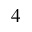
_ 4